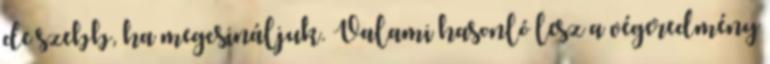
de szebb, ha megcsináljuk. Valami hasonló lesz a végeredmény